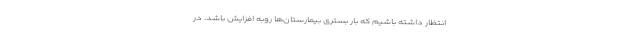
انتظار داشته باشیم که بار بستری بیمارستان‌ها روبه افزایش باشد. در